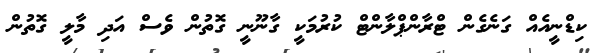
ކިޑްނީއެއް ގަނެގެން ޓްރާންޕްލާންޓް ކުރުމަކީ ގާނޫނީ ގޮތުން ވެސް އަދި މާލީ ގޮތުން